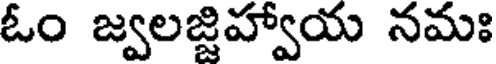
ఓం జ్వలజ్జిహ్వాయ నమః